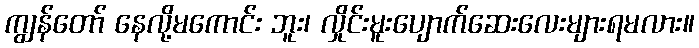
ကျွန်တော် နေလို့မကောင်း ဘူး၊ လှိုင်းမူးပျောက်ဆေးလေးများရမလား။